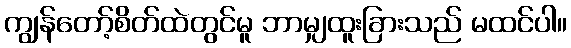
ကျွန်တော့်စိတ်ထဲတွင်မူ ဘာမျှထူးခြားသည် မထင်ပါ။